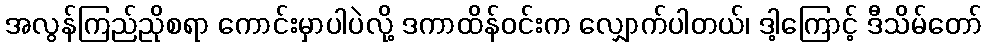
အလွန်ကြည်ညိုစရာ ကောင်းမှာပါပဲလို့ ဒကာထိန်ဝင်းက လျှောက်ပါတယ်၊ ဒါ့ကြောင့် ဒီသိမ်တော်